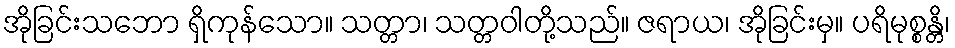
အိုခြင်းသဘော ရှိကုန်သော။ သတ္တာ၊ သတ္တဝါတို့သည်။ ဇရာယ၊ အိုခြင်းမှ။ ပရိမုစ္စန္တိ၊